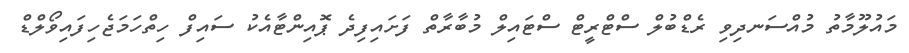
މައުލޫމާތު މުއްސަނދިވި ރެޑްބުލް ސްޓްރީޓް ސްޓައިލް މުބާރާތް ފަށައިފިދެ ޕޮއިންޓާއެކު ސައިފް ހިތްހަމަޖެހިފައިވޯލްޑް